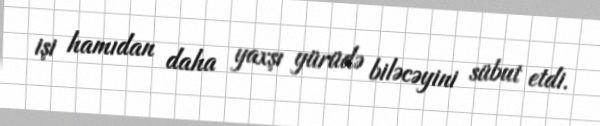
işi hamıdan daha yaxşı yürüdə biləcəyini sübut etdi.